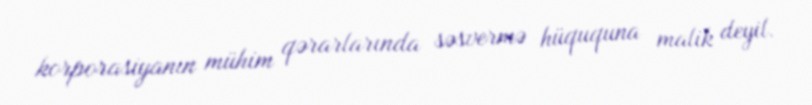
korporasiyanın mühim qərarlarında səsvermə hüququna malik deyil.